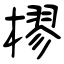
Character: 樛